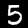
Label: 5